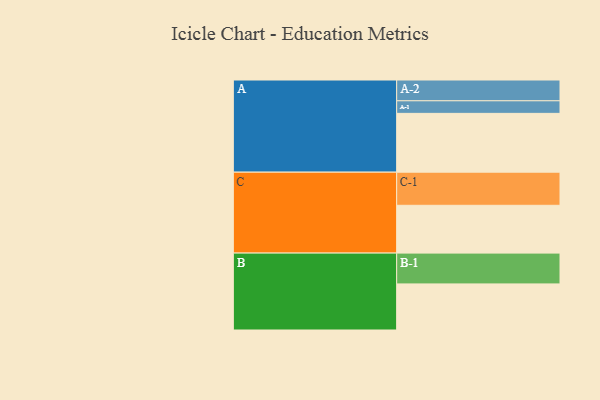
{"axis": {"x": "Segment", "y": "Value"}, "legend": ["", "A", "B", "C"], "data": [{"x": "A", "y": 481, "type": ""}, {"x": "B", "y": 377, "type": ""}, {"x": "C", "y": 391, "type": ""}, {"x": "A-1", "y": 103, "type": "A"}, {"x": "A-2", "y": 170, "type": "A"}, {"x": "B-1", "y": 252, "type": "B"}, {"x": "C-1", "y": 271, "type": "C"}]}